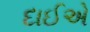
દાઈએ